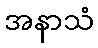
အနာသံ